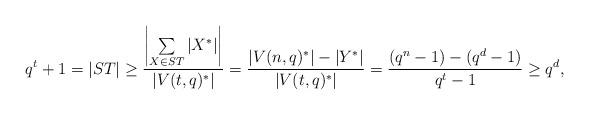
LaTeX: \begin{align*}q^t+1=|ST|\geq \frac{\left|\sum\limits_{X\in ST}|X^*|\right|}{|V(t,q)^*|}=\frac{|V(n,q)^*|-|Y^*|}{|V(t,q)^*|}=\frac{(q^n-1)-(q^{d}-1)}{q^t-1}\geq q^{d},\end{align*}